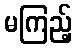
မကြည့်